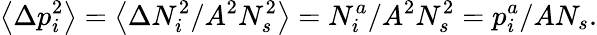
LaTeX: \left\langle\Delta p_{i}^{2}\right\rangle=\left\langle\Delta N_{i}^{2}/A^{2}N_{s}^{2}\right\rangle=N_{i}^{a}/A^{2}N_{s}^{2}=p_{i}^{a}/AN_{s}.